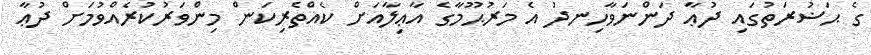
ގެ ޙަޟުރަތުގައި ދުޢާ ދަންނަވާހިނދު އެ މަރުޙޫމާގެ އާޢިލާއަށް ކެއްތެރިކަން މިންވަރުކުރެއްވުމަށް ދުޢާ